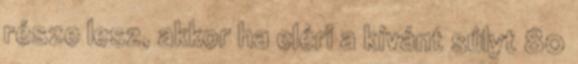
része lesz, akkor ha eléri a kívánt súlyt 80